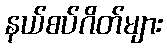
နယ်စပ်ဂိတ်များ